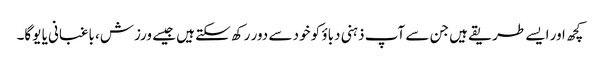
کچھ اور ایسے طریقے ہیں جن سے آپ ذہنی دباؤ کو خود سے دور رکھ سکتے ہیں جیسے ورزش، باغبانی یا یوگا۔